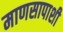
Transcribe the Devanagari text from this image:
माणसापाशी